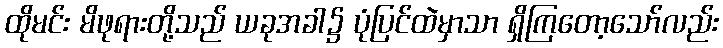
ထိုမင်း မိဖုရားတို့သည် ယခုအခါ၌ ပုံပြင်ထဲမှာသာ ရှိကြတော့သော်လည်း